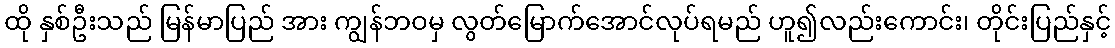
ထို နှစ်ဦးသည် မြန်မာပြည် အား ကျွန်ဘဝမှ လွတ်မြောက်အောင်လုပ်ရမည် ဟူ၍လည်းကောင်း၊ တိုင်းပြည်နှင့်